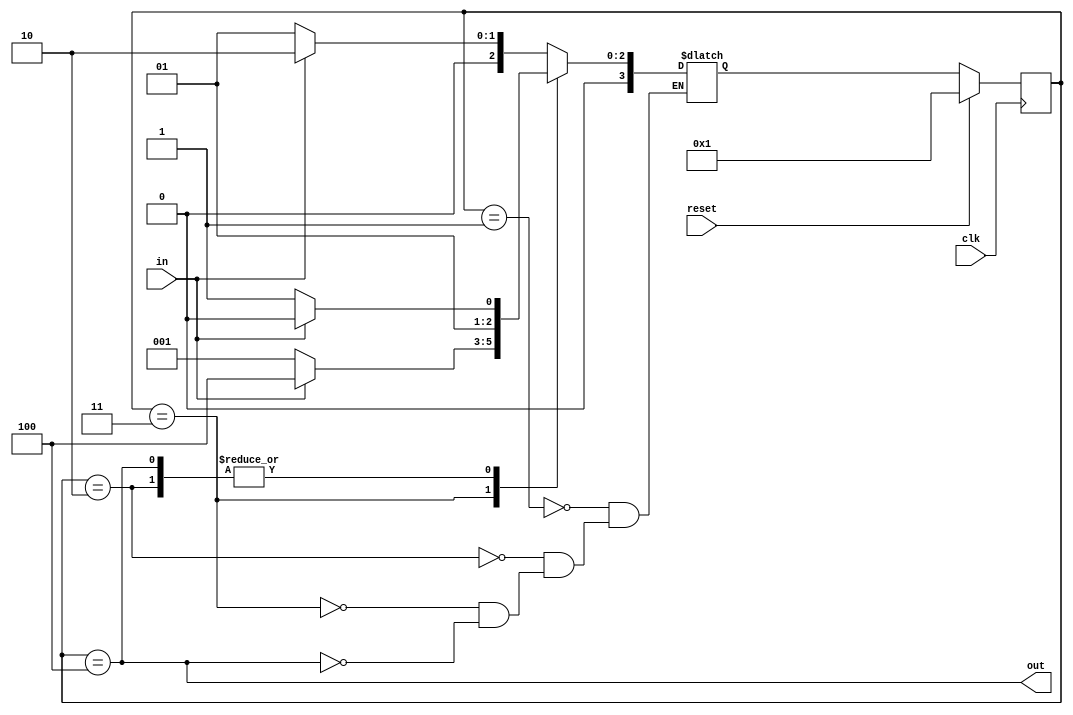
module top_module(
    input clk,
    input in,
    input reset,
    output out
);

reg [3:0] state, next_state;
parameter A = 3'd1, B = 3'd2, C = 3'd3, D = 3'd4;

// State transition logic
always @(*) begin
  case(state)
    A: next_state = in? B : A;
    B: next_state = in? B : C;
    C: next_state = in? D : A;
    D: next_state = in? B : C;
  endcase
end

// State flip-flops with synchronous reset
always @(posedge clk) begin
  if(reset) begin
    state <= A;
  end else begin
    state <= next_state;
  end
end

// Output logic
assign out = state == D;

endmodule